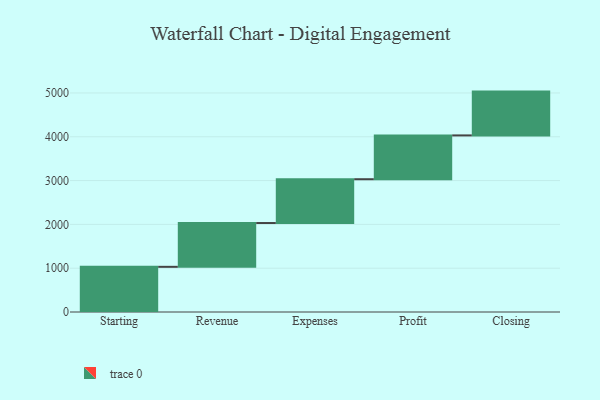
{"axis": {"x": "Step", "y": "Value"}, "legend": [""], "data": [{"x": "Starting", "y": 1031.0, "type": ""}, {"x": "Revenue", "y": 1000, "type": ""}, {"x": "Expenses", "y": 1000, "type": ""}, {"x": "Profit", "y": 1000, "type": ""}, {"x": "Closing", "y": 1000, "type": ""}]}